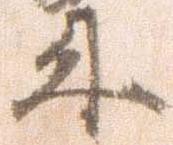
来